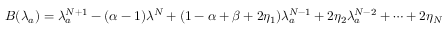
B ( \lambda _ { a } ) = \lambda _ { a } ^ { N + 1 } - ( \alpha - 1 ) \lambda ^ { N } + ( 1 - \alpha + \beta + 2 \eta _ { 1 } ) \lambda _ { a } ^ { N - 1 } + 2 \eta _ { 2 } \lambda _ { a } ^ { N - 2 } + \dots + 2 \eta _ { N }